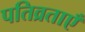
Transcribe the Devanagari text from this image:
पतिव्रताएँ